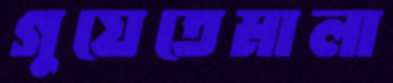
গুয়েতেমালা